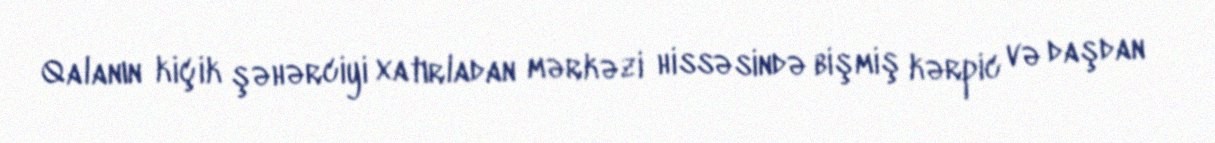
Qalanın kiçik şəhərciyi xatırladan mərkəzi hissəsində bişmiş kərpic və daşdan